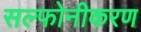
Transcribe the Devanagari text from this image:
सल्फोनीकरण